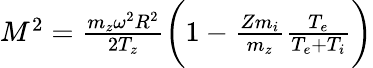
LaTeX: \begin{array}{r}{M^{2}=\frac{m_{z}\omega^{2}R^{2}}{2T_{z}}\bigg(1-\frac{Zm_{i}}{m_{z}}\frac{T_{e}}{T_{e}+T_{i}}\bigg)}\end{array}